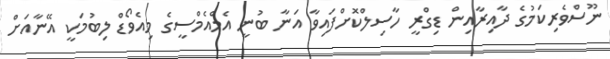
ނޫސްވެރިކަމުގެ ދާއިރާއިން ޑިގްރީ ހާސިލްކޮށްފައިވާ އަނާ ބުނީ އެމްއެމްސީގެ މިއެވޯޑް ލިބުމަކީ އޭނާއަށް